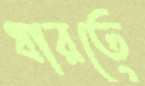
ধারতে